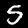
Label: 5